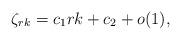
LaTeX: \begin{align*}\zeta_{rk}=c_1rk+c_2+o(1),\end{align*}